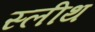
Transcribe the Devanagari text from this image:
स्लीथ